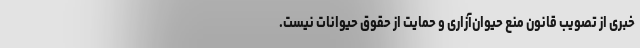
خبری از تصویب قانون منع حیوان‌آزاری و حمایت از حقوق حیوانات نیست.